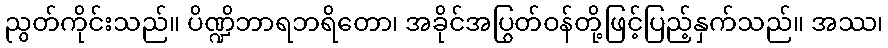
ညွတ်ကိုင်းသည်။ ပိဏ္ဍိဘာရဘရိတော၊ အခိုင်အပြွတ်ဝန်တို့ဖြင့်ပြည့်နှက်သည်။ အဿ၊